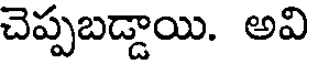
చెప్పబడ్డాయి. అవి